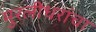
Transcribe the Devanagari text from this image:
मुरलीधरांचा